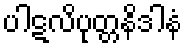
ပါဋလိပုတ္တနိဒါနံ